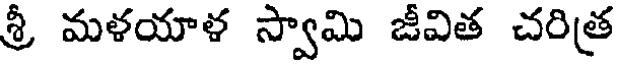
శ్రీ మళయాళ స్వామి జీవిత చరిత్ర